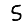
Digit: 5